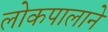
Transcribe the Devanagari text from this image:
लोकपालाने